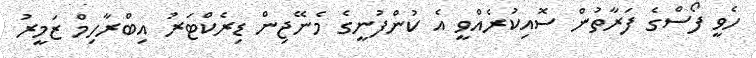
ހެވީ ފޯސްގެ ފަރާތުން ސޮއިކުރެއްވީ އެ ކުންފުނީގެ މެނޭޖިން ޑިރެކްޓަރު އިބްރާހިމް ޒަމީރު